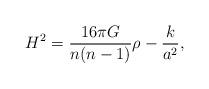
LaTeX: \begin{align*}H^2={{16\pi G}\over{n(n-1)}}\rho-{k\over a^2},\end{align*}